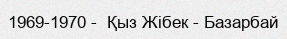
1969-1970 -  Қыз Жібек - Базарбай